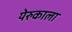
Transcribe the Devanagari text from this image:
येरुकाला